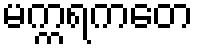
မက္ကရကတေ